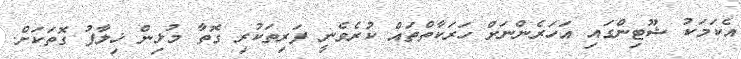
އެކަމަކު ޝޫޓިންގައި އަހަރެންނަށް ހަރަކާތްތައް ކުރެވެނީ ފަރިތަކުރި ގޮތާ މުޅިން ޚިލާފު ގޮތަކަށް.